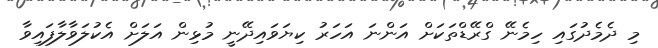
މި ދެމެދުގައި ހިމެނޭ ގްރޭޑްތަކަށް އަންނަ އަހަރު ކިޔަވައިދޭނީ މުޅިން އަލަށް އެކުލަވާލާފައިވާ